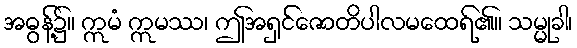
အဓွန့်၌။ ဣမံ ဣမဿ၊ ဤအရှင်ဇောတိပါလမထေရ်၏။ သမ္မုခါ၊